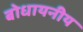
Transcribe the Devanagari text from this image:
बोधायनीय